Bombay plague: being a history of the progress of plague in the Bombay presidency from September 1896 to June 1899
Year: 1896
Disease focus: Plague
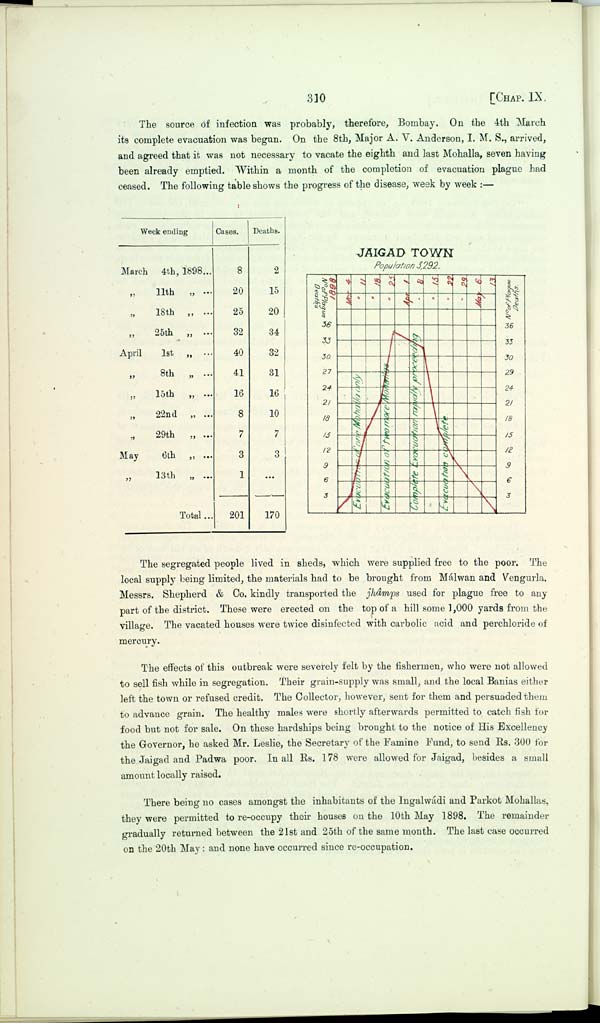
310
[CHAP. IX.
The source of infection was probably, therefore, Bombay. On the 4th March
its complete evacuation was begun. On the 8th, Major A. V. Anderson, I. M. S., arrived,
and agreed that it was not necessary to vacate the eighth and last Mohalla, seven having
been already emptied. Within a month of the completion of evacuation plague had
ceased. The following table shows the progress of the disease, week by week:—
Week ending
March 4th, 1898
"
11th
"
" 18th
"
" 25th
"
April
1st
"
"
8th
"
" 15th
"
" 22nd
"
" 29th
"
May
6th
"
"
13th
"
Total
Cases.
8
20
25
32
40
41
16
8
7
3
1
201
Deaths.
2
15
20
34
32
31
16
10
7
3
...
170
JAIGAD TOWN
Population 3,292.
The segregated people lived in sheds, which were supplied free to the poor. The
local supply being limited, the materials had to be brought from Málwan and Vengurla.
Messrs. Shepherd & Co. kindly transported the jhâmps used for plague free to any
part of the district. These were erected on the top of a hill some 1,000 yards from the
village. The vacated houses were twice disinfected with carbolic acid and perchloride of
mercury.
The effects of this outbreak were severely felt by the fishermen, who were not allowed
to sell fish while in segregation. Their grain-supply was small, and the local Banias either
left the town or refused credit. The Collector, however, sent for them and persuaded them
to advance grain. The healthy males were shortly afterwards permitted to catch fish for
food but not for sale. On these hardships being brought to the notice of His Excellency
the Governor, he asked Mr. Leslie, the Secretary of the Famine Fund, to send Rs. 300 for
the Jaigad and Padwa poor. In all Rs. 178 were allowed for Jaigad, besides a small
amount locally raised.
There being no cases amongst the inhabitants of the Ingalwádi and Parkot Mohallas,
they were permitted to re-occupy their houses on the 10th May 1898. The remainder
gradually returned between the 21st and 25th of the same month. The last case occurred
on the 20th May: and none have occurred since re-occupation.